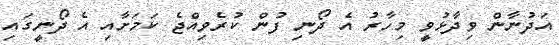
އަދުނާން ވިދާޅުވީ މިހާރު އެ ދޯނި ފުން ކުރެވިއްޖެ ކަމަށާއި އެ ދޯނީގައި